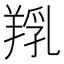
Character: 𦎞